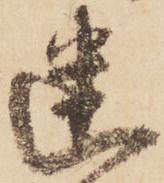
幽